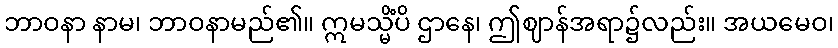
ဘာဝနာ နာမ၊ ဘာဝနာမည်၏။ ဣမသ္မိံပိ ဌာနေ၊ ဤဈာန်အရာ၌လည်း။ အယမေဝ၊